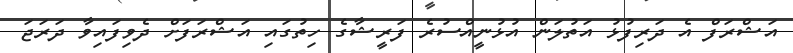
އަޝްރަފް އެ ދަރިފުޅު އަތުލަން އުޅުނީއްސުރެ ފަރީޝާގެ ހިތުގައި އަޝްރަފަށް ދެވިފައިވާ ދަރަޖަ